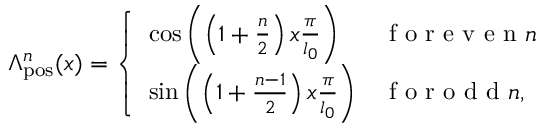
\Lambda _ { \mathrm { p o s } } ^ { n } ( x ) = \left\{ \begin{array} { l l } { \mathrm { c o s } \left( \left( 1 + \frac { n } { 2 } \right) x \frac { \pi } { l _ { 0 } } \right) } & { \mathrm { ~ f ~ o ~ r ~ e ~ v ~ e ~ n ~ } n } \\ { \mathrm { s i n } \left( \left( 1 + \frac { n - 1 } { 2 } \right) x \frac { \pi } { l _ { 0 } } \right) } & { \mathrm { ~ f ~ o ~ r ~ o ~ d ~ d ~ } n , } \end{array} \right.